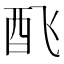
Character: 𲆧